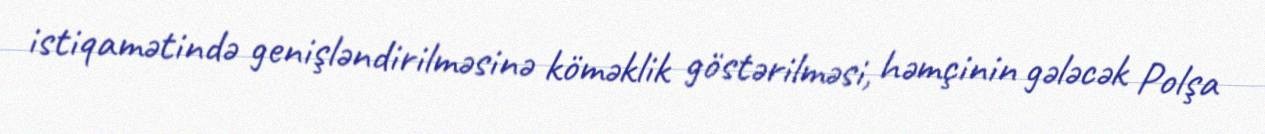
istiqamətində genişləndirilməsinə köməklik göstərilməsi, həmçinin gələcək Polşa